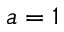
a = 1